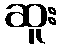
ဆူး